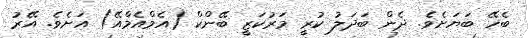
ބެހޭ ބަޔަށެވެ. ދެން ބަދަލު ކުރީ މަރުކަޒީ ބޭންކް (އެމްއެމްއޭ) އަށެވެ. އޭރު